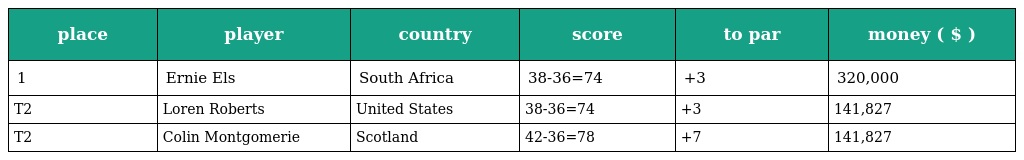
| place | player | country | score | to par | money ( $ ) |
 | --- | --- | --- | --- | --- | --- |
 | 1 | Ernie Els | South Africa | 38-36=74 | +3 | 320,000 |
 | T2 | Loren Roberts | United States | 38-36=74 | +3 | 141,827 |
 | T2 | Colin Montgomerie | Scotland | 42-36=78 | +7 | 141,827 |